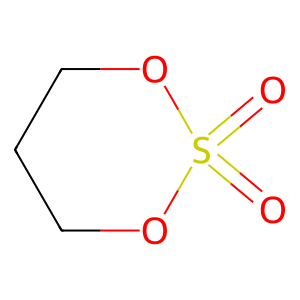
SMILES: O=S1(=O)OCCCO1
Inhibits HIV replication: No